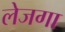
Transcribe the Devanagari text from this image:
लेजगा